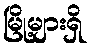
မြို့များရှိ